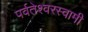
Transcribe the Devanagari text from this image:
पर्वतेश्‍वरस्वामी